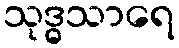
သုဒ္ဓသာရေ